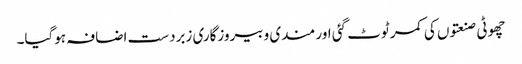
چھوٹی صنعتوں کی کمر ٹوٹ گئی اور مندی و بیروزگاری زبردست اضافہ ہوگیا۔